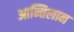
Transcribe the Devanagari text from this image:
आन्तिलान